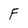
Character: F